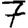
Digit: 7